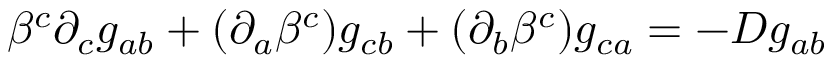
\beta ^ { c } \partial _ { c } g _ { a b } + ( \partial _ { a } \beta ^ { c } ) g _ { c b } + ( \partial _ { b } \beta ^ { c } ) g _ { c a } = - D g _ { a b }